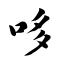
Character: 哆